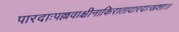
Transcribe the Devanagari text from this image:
पारदाःपल्लवाश्चीनाकिरातादारदाःखशाः।।